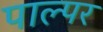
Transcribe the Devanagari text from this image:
पाल्पर